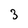
Character: 3